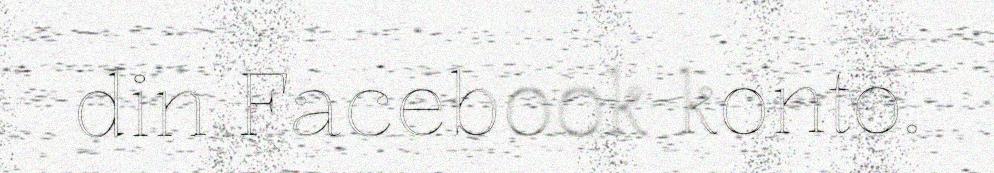
din Facebook konto.